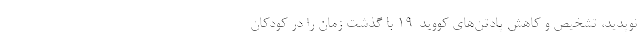
نوپدید، تشخیص و کاهش پادتن‌های کووید-۱۹ با گذشت زمان را در کودکان